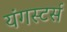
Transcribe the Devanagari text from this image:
यंगस्टर्स